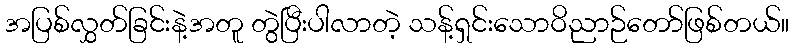
အပြစ်လွှတ်ခြင်းနဲ့အတူ တွဲပြီးပါလာတဲ့ သန့်ရှင်းသောဝိညာဉ်တော်ဖြစ်တယ်။